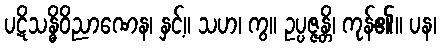
ပဋိသန္ဓိဝိညာဏေန၊ နှင့်။ သဟ၊ ကွ။ ဥပ္ပဇ္ဇန္တိ၊ ကုန်၏။ ပန၊